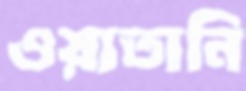
ওয়াতানি